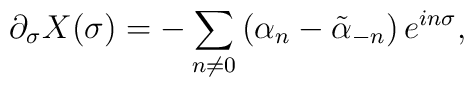
\partial_{\sigma}X(\sigma)=-\sum_{n\ne 0} \left(\alpha_{n}-\tilde{\alpha}_{-n}\right) e^{in\sigma},